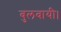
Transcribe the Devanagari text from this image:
बुलवायी।